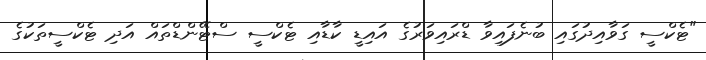
"ޓެކްސީ ގަވާއިދުގައި ބުނެފައިވާ ޑްރައިވަރުގެ އައިޑީ ކާޑާއި ޓެކްސީ ސްޓޭންޑްތައް އަދި ޓެކްސީތަކުގެ